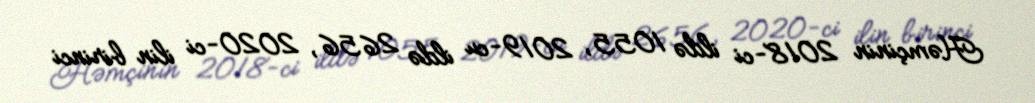
Həmçinin 2018-ci ildə 1055, 2019-cu ildə 2656, 2020-ci ilin birinci